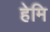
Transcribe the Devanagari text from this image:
हेमि